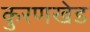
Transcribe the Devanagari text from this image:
कुरणखेड